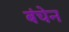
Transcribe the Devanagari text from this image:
बंचेन